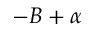
- B + \alpha